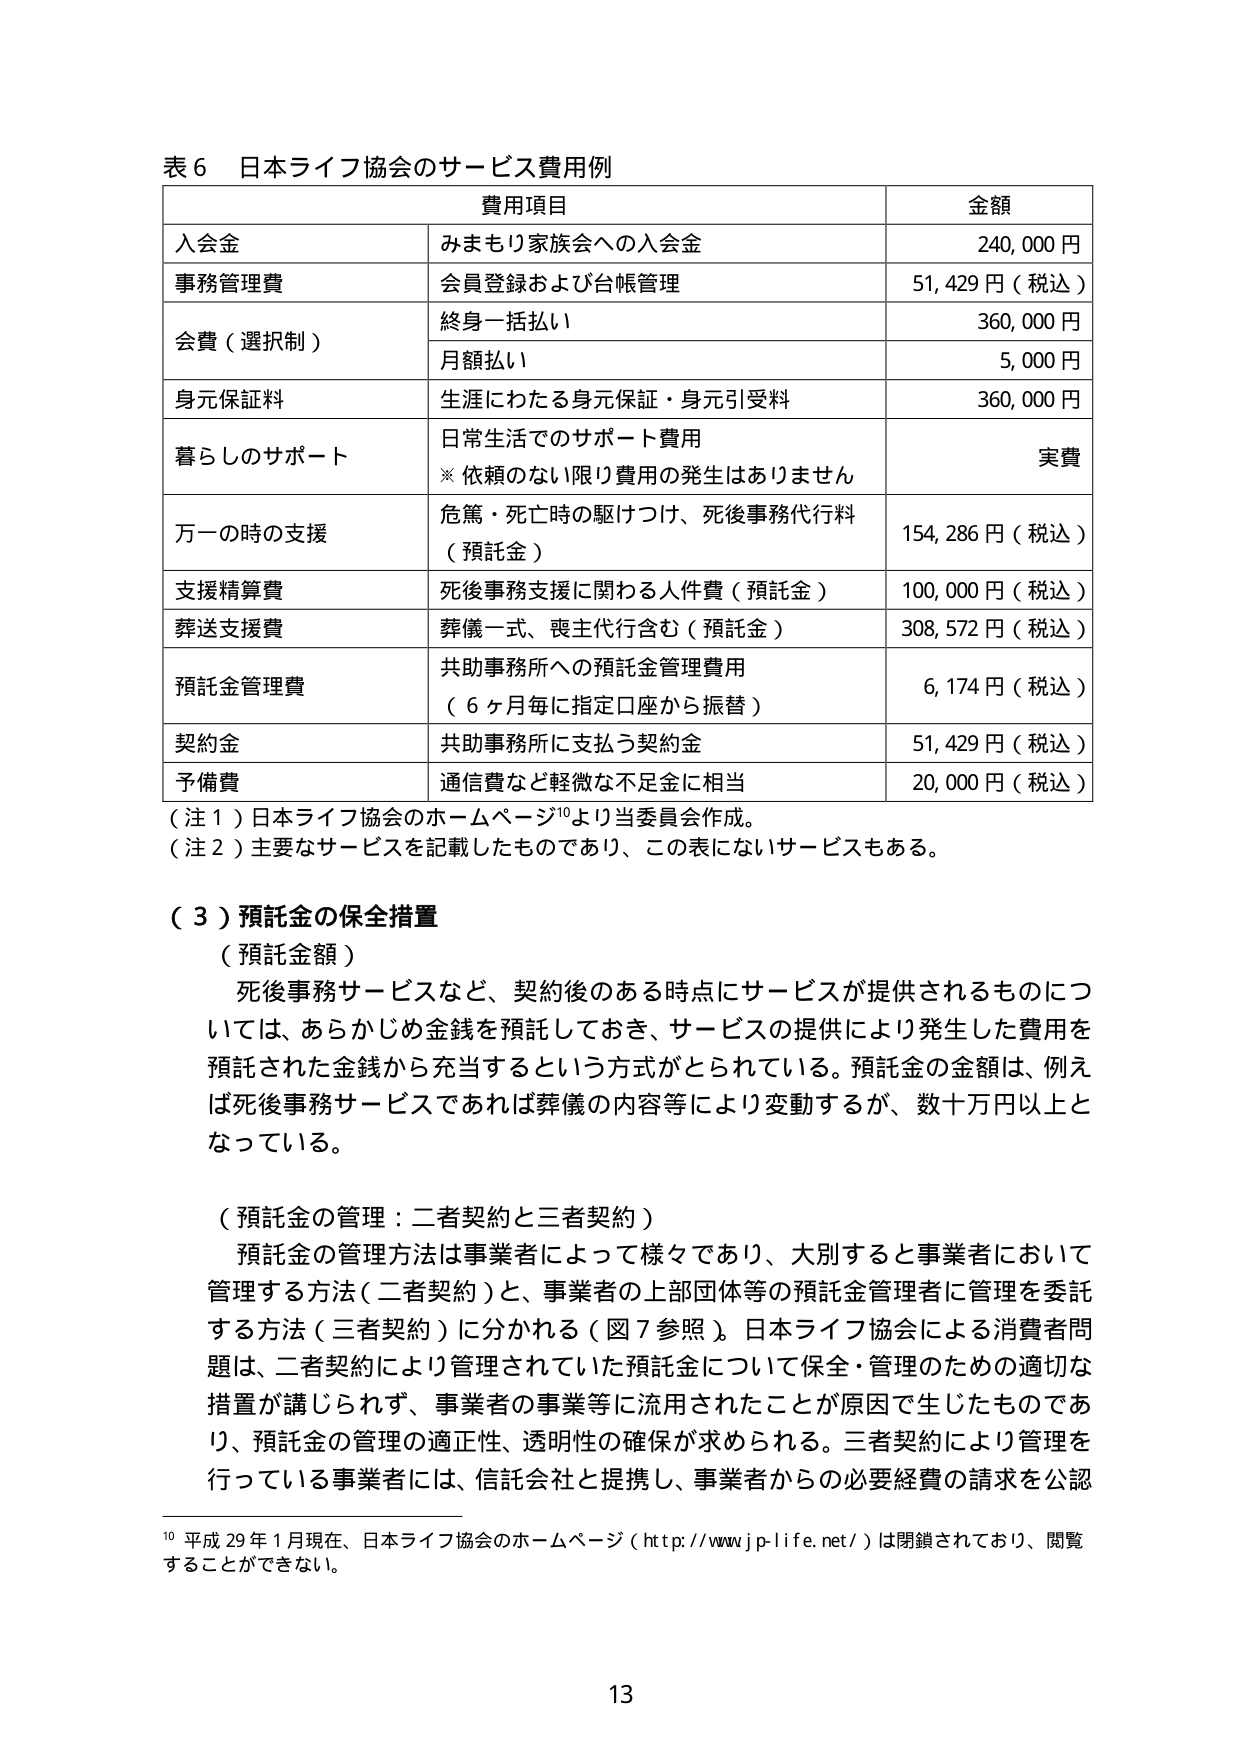
表６ 日本ライフ協会のサービス費用例

費用項目 金額
入会金 みまもり家族会への入会金 240,000円
事務管理費 会員登録および台帳管理 51,429円（税込）
会費（選択制） 終身一括払い 360,000円
　　　　　　　月額払い 5,000円
身元保証料 生涯にわたる身元保証・身元引受料 360,000円
暮らしのサポート 日常生活でのサポート費用 実費
　　　　　　　※依頼のない限り費用の発生はありません
万一の時の支援 危篤・死亡時の駆けつけ、死後事務代行料（預託金） 154,286円（税込）
支援精算費 死後事務支援に関わる人件費（預託金） 100,000円（税込）
葬送支援費 葬儀一式、喪主代行含む（預託金） 308,572円（税込）
預託金管理費 共助事務所への預託金管理費用（6ヶ月毎に指定口座から振替） 6,174円（税込）
契約金 共助事務所に支払う契約金 51,429円（税込）
予備費 通信費など軽微な不足金に相当 20,000円（税込）

（注１）日本ライフ協会のホームページ¹⁰より当委員会作成。
（注２）主要なサービスを記載したものであり、この表にないサービスもある。

（３）預託金の保全措置

（預託金額）
死後事務サービスなど、契約後のある時点にサービスが提供されるものについては、あらかじめ金銭を預託しておき、サービスの提供により発生した費用を預託された金銭から充当するという方式がとられている。預託金の金額は、例えば死後事務サービスであれば葬儀の内容等により変動するが、数十万円以上となっている。

（預託金の管理：二者契約と三者契約）
預託金の管理方法は事業者によって様々であり、大別すると事業者において管理する方法（二者契約）と、事業者の上部団体等の預託金管理者に管理を委託する方法（三者契約）に分かれる（図７参照）。日本ライフ協会による消費者問題は、二者契約により管理されていた預託金について保全・管理のための適切な措置が講じられず、事業者の事業等に流用されたことが原因で生じたものであり、預託金の管理の適正性、透明性の確保が求められる。三者契約により管理を行っている事業者には、信託会社と提携し、事業者からの必要経費の請求を公認

¹⁰ 平成29年1月現在、日本ライフ協会のホームページ（http://www.jp-life.net/）は閉鎖されており、閲覧することができない。

13